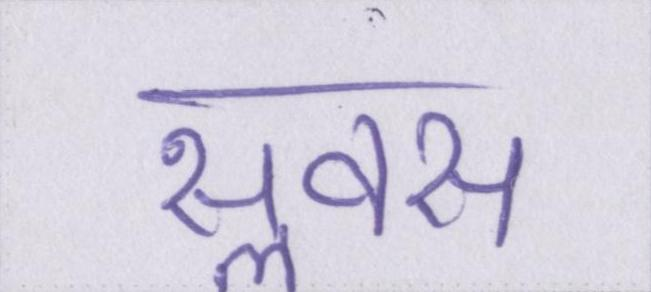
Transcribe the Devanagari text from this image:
सॢवस